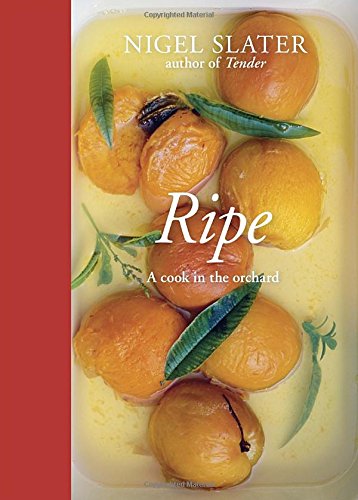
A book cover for Ripe: A Cook in the Orchard; Nigel Slater; Cookbooks, Food & Wine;